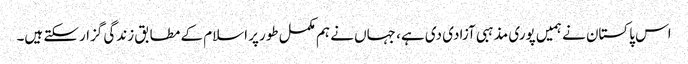
اس پاکستان نے ہمیں پوری مذہبی آزادی دی ہے، جہاں نے ہم مکمل طورپر اسلام کے مطابق زندگی گزارسکتے ہیں۔